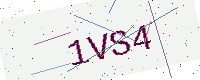
Text: 1VS4